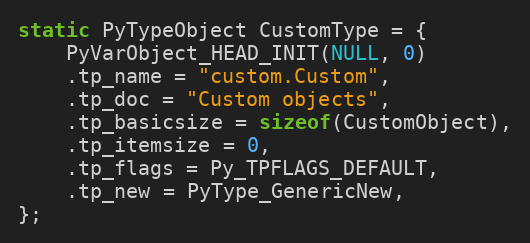
Language: C
static PyTypeObject CustomType = {
    PyVarObject_HEAD_INIT(NULL, 0)
    .tp_name = "custom.Custom",
    .tp_doc = "Custom objects",
    .tp_basicsize = sizeof(CustomObject),
    .tp_itemsize = 0,
    .tp_flags = Py_TPFLAGS_DEFAULT,
    .tp_new = PyType_GenericNew,
};